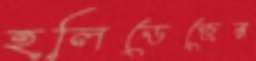
হলিডেজের